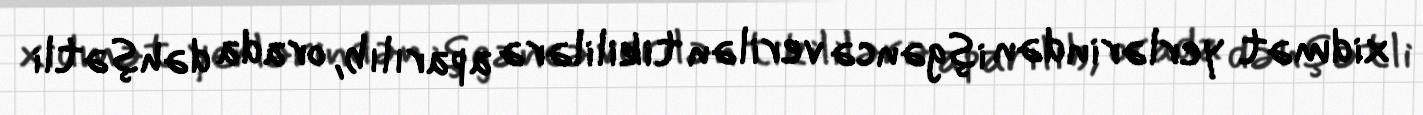
xidmət yerlərindən işgəncə verilən tikililərə aparılıb, orada dəhşətli